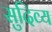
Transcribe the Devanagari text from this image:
सुदिव्य